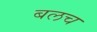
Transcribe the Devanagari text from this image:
बलच